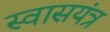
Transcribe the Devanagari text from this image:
स्वासयंत्र